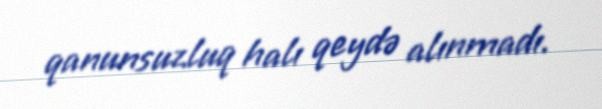
qanunsuzluq halı qeydə alınmadı.